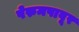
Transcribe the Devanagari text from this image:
पेरुमपावूर